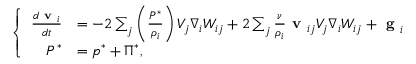
\left\{ \begin{array} { r l } { \frac { d \textbf { v } _ { i } } { d t } } & { = - 2 \sum _ { j } \left( \frac { { P } ^ { * } } { \rho _ { i } } \right) V _ { j } \nabla _ { i } W _ { i j } + 2 \sum _ { j } \frac { \nu } { \rho _ { i } } \textbf { v } _ { i j } V _ { j } \nabla _ { i } W _ { i j } + \textbf { g } _ { i } } \\ { { P } ^ { * } } & { = { p } ^ { * } + { \Pi } ^ { * } , } \end{array} \right.